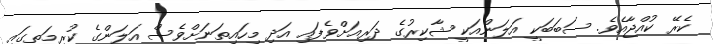
ކެރޭ ކުއްޖާއެވެ. ސަބަބަކީ އަލަންއަކީ ޝާކިރުގެ ދަރިއަށްވެފައި އަދި މިހައިތަނަށްވެސް އަލަންގެ ކުރިމަތީގައި